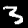
Label: 3